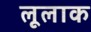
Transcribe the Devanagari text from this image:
लूलाक